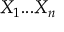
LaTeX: X _ { 1 } . . . X _ { n }